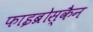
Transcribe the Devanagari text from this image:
फाइब्रोस्कैन